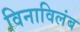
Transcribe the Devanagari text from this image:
विनाविलंब